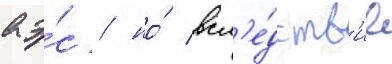
аэ́с / но́ всл'е́дств'ие